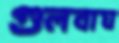
গুলবাঘ